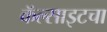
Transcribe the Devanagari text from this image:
कॅल्साइटचा